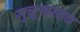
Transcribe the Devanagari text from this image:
मुलुखातच